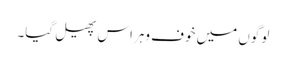
لوگوں میں خوف وہراس پھیل گیا۔